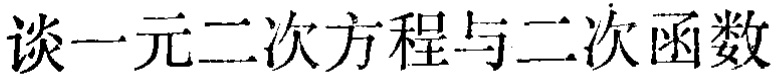
谈一元二次方程与二次函数